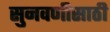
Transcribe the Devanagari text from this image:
सुनवणीसाठी